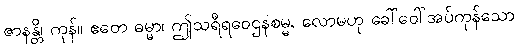
ဇာနန္တိ၊ ကုန်။ ဧတေ ဓမ္မာ၊ ဤသရီရဝေဌနစမ္မ, လောမဟု ခေါ်ဝေါ်အပ်ကုန်သော